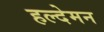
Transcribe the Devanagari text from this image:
हल्देमन